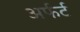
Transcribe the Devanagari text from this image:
अर्फर्ट